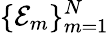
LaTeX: \{ \mathcal{E}_{m}\} _{m=1}^{N}